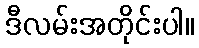
ဒီလမ်းအတိုင်းပါ။